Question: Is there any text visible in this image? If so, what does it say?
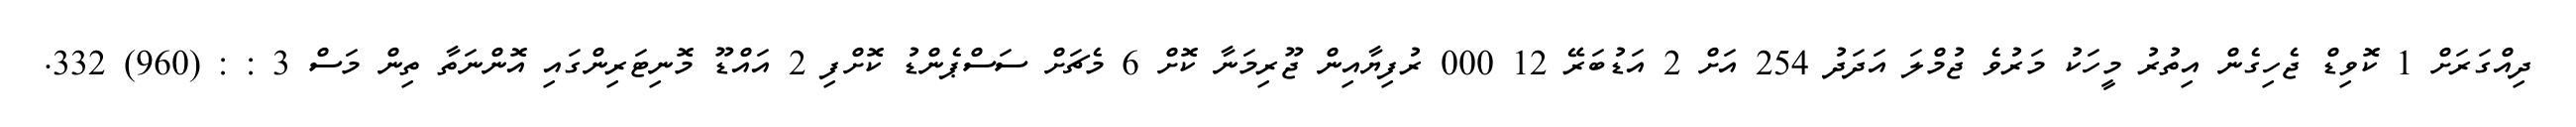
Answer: ދިއްގަރަށް 1 ކޮވިޑް ޖެހިގެން އިތުރު މީހަކު މަރުވެ ޖުމްލަ އަދަދު 254 އަށް 2 އަޑުބަރޭ 12 000 ރުފިޔާއިން ޖޫރިމަނާ ކޮށް 6 މެޗަށް ސަސްޕެންޑު ކޮށްފި 2 އައްޑޫ މޮނިޓަރިންގައި އޮންނަތާ ތިން މަސް 3 : : (960) 332.